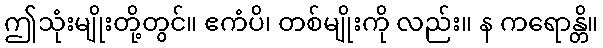
ဤသုံးမျိုးတို့တွင်။ ဧကံပိ၊ တစ်မျိုးကို လည်း။ န ကရောန္တိ။